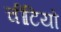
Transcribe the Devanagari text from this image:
चींटियो